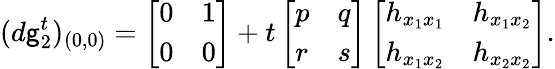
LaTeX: (d\mathsf{g}_{2}^{t})_{(0,0)}=\left[\begin{array}{ll}{0}&{1}\\ {0}&{0}\end{array}\right]+t\left[\begin{array}{ll}{p}&{q}\\ {r}&{s}\end{array}\right]\left[\begin{array}{ll}{h_{x_{1}x_{1}}}&{h_{x_{1}x_{2}}}\\ {h_{x_{1}x_{2}}}&{h_{x_{2}x_{2}}}\end{array}\right].